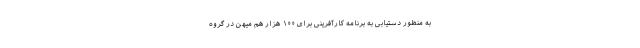
به منظور دستیابی به برنامه کارآفرینی برای ۱۰۰ هزار هم میهن در گروه